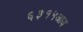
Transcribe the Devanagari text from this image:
६३१५आय